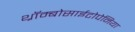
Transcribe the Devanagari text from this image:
थ्रॉम्बोसाईटोपेनिया